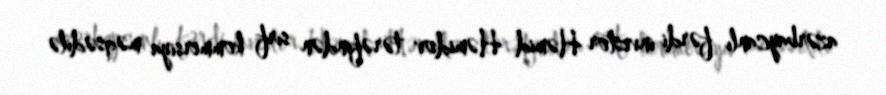
azərbaycanlı fərdi investor Həmid Həmidov tərəfindən sırf kommersiya məqsədilə